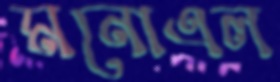
মনোএল